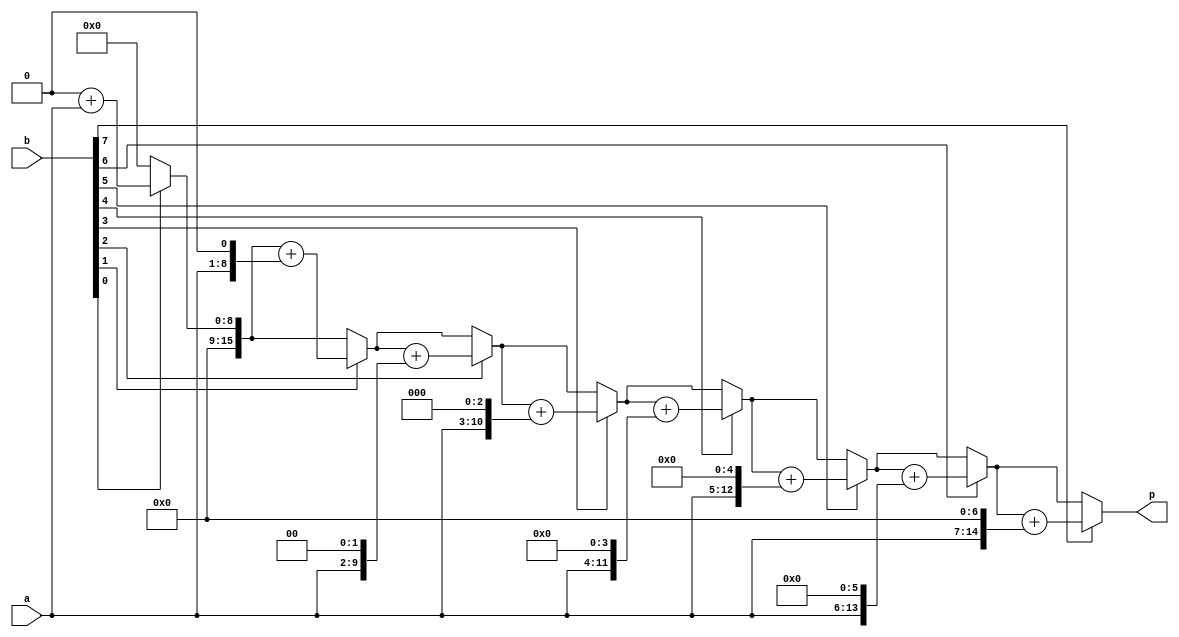
`timescale 1ns / 1ps
//////////////////////////////////////////////////////////////////////////////////
// Company: 
// Engineer: 
// 
// Design Name: 
// Module Name: mult8
// Project Name: 
// Target Devices: 
// Tool Versions: 
// Description: 
// 
// Dependencies: 
// 
// Revision:
// Revision 0.01 - File Created
// Additional Comments:
// 
//////////////////////////////////////////////////////////////////////////////////


module mult8(
    input [7:0] a,
    input [7:0] b,
    output reg[15:0] p
    );
        reg[15:0] pv;
        reg[15:0] ap;
        integer i;
        always@(*)
          begin
          pv=16'b0000000000000000;
          ap={8'b00000000,a};
          for(i=0;i<=7;i=i+1)
             begin 
              if(b[i]==1)
                pv=pv+ap;
                ap={ap[14:0],1'b0};
              end
           p=pv;
          end

    
    
endmodule